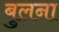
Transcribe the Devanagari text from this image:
बुलना